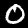
Digit: 0